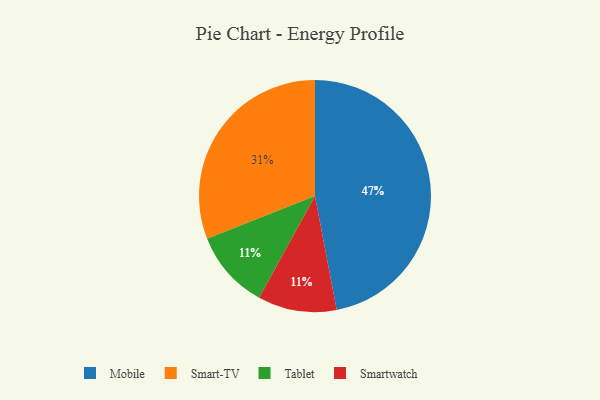
{"axis": {"x": "Category", "y": "Percentage"}, "legend": ["Mobile", "Smart-TV", "Smartwatch", "Tablet"], "data": [{"x": "Tablet", "y": 11, "type": "Tablet"}, {"x": "Mobile", "y": 47, "type": "Mobile"}, {"x": "Smart-TV", "y": 31, "type": "Smart-TV"}, {"x": "Smartwatch", "y": 11, "type": "Smartwatch"}]}